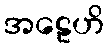
အဠေဟိ